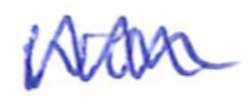
Text: won
Cross-out: mix
Writing tool: ballpoint